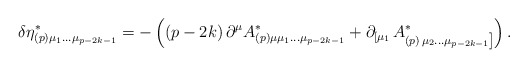
\begin{align*}\delta \eta _{(p)\mu _1\ldots \mu _{p-2k-1}}^{*}=-\left( \left(p-2k\right) \partial ^\mu A_{(p)\mu \mu _1\ldots \mu _{p-2k-1}}^{*}+\partial_{\left[ \mu _1\right. }A_{(p)\left. \mu _2\ldots \mu _{p-2k-1}\right]}^{*}\right) .\end{align*}